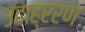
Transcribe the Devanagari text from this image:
उदाह्ररण